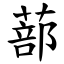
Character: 蔀